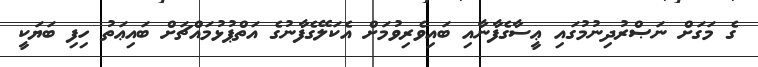
ގެ މަގަށް ނަޞްރުދިނުމުގައި ޢީސާގެފާނާއި ބައިވެރިވުމަށް އެކަލޭގެފާނުގެ އަތްޕުޅުމައްޗަށް ބައިޢަތު ހިފި ބަޔަކީ